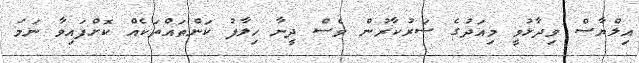
އިލްޔާސް ވިދާޅުވީ މިއަދުގެ ސަރުކާރުން ވެސް ދީނާ ހިލާފު ކަންތައްތަކެއް ކޮށްފައިވާ ނަމަ